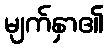
မျက်နှာ၏